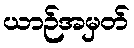
ယာဉ်အမှတ်